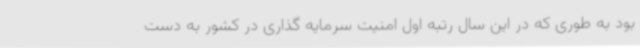
بود به طوری که در این سال رتبه اول امنیت سرمایه گذاری در کشور به دست